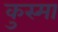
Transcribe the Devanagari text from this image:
कुस्मा